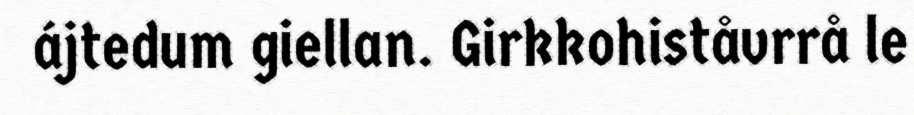
ájtedum giellan. Girkkohiståvrrå le